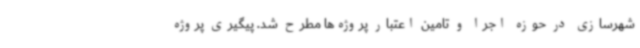
شهرسازی در حوزه اجرا و تامین اعتبار پروژه‌ها مطرح شد. پیگیری پروژه